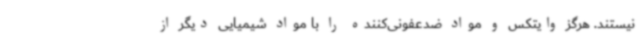
نیستند. هرگز وایتکس و مواد ضدعفونی‌کننده را با مواد شیمیایی دیگر از